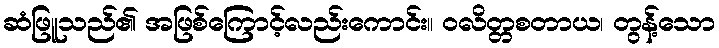
ဆံဖြူသည်၏ အဖြစ်ကြောင့်လည်းကောင်း။ ဝလိတ္တစတာယ၊ တွန့်သော